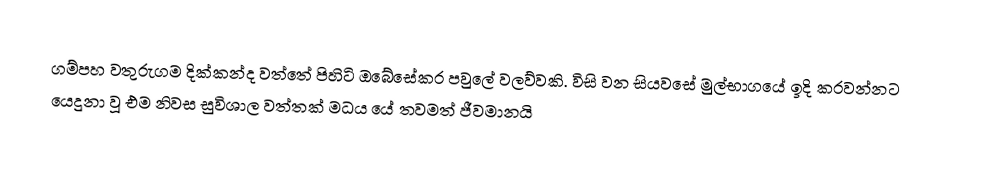
ගම්පහ වතුරුගම දික්කන්ද වත්තේ පිහිටි ඔබේසේකර පවුලේ වලව්වකි. විසි වන සියවසේ මුල්භාගයේ ඉදි කරවන්නට යෙදුනා වූ එම නිවස සුවිශාල වත්තක් මධය යේ තවමත් ජීවමානයි